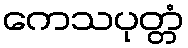
ကေသပုတ္တံ